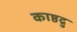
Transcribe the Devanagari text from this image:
काष्ठद्रु